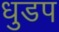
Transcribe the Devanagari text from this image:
धुडप